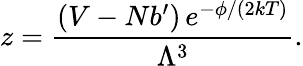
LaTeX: z={\frac{(V-Nb^{\prime})\, e^{-\phi/(2kT)}}{\Lambda^{3}}}.